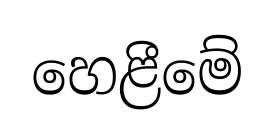
හෙළීමේ